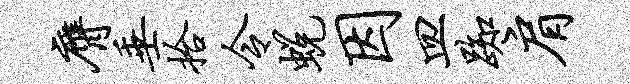
膺垂拾令蜕因皿踟肩